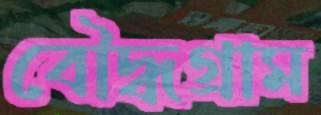
বৌদ্ধগ্রাম